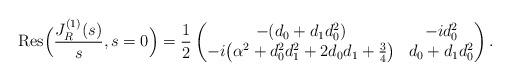
LaTeX: \begin{align*}\mbox{Res}\Big(\frac{J_{R}^{(1)}(s)}{s},s = 0\Big) = \frac{1}{2} \begin{pmatrix}-(d_{0}+d_{1}d_{0}^{2}) & -id_{0}^{2} \\-i \big( \alpha^{2} + d_{0}^{2}d_{1}^{2}+2d_{0}d_{1}+\frac{3}{4} \big) & d_{0} + d_{1}d_{0}^{2}\end{pmatrix}.\end{align*}